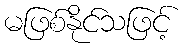
မဖြစ်နိုင်သဖြင့်